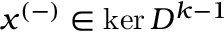
x ^ { ( - ) } \in \ker D ^ { k - 1 }